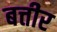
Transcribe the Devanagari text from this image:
बत्तीर